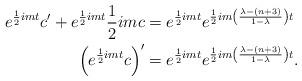
LaTeX: \begin{align*}e^{\frac{1}{2}imt}c'+e^{\frac{1}{2}imt}\frac{1}{2}imc &=e^{\frac{1}{2}imt}e^{\frac{1}{2}im\left(\frac{\lambda-(n+3)}{1-\lambda}\right)t}\\ \left(e^{\frac{1}{2}imt}c\right)'&=e^{\frac{1}{2}imt}e^{\frac{1}{2}im\left(\frac{\lambda-(n+3)}{1-\lambda}\right)t}.\\\end{align*}